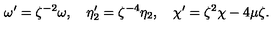
\omega ^ { \prime } = \zeta ^ { - 2 } \omega , \quad \eta _ { 2 } ^ { \prime } = \zeta ^ { - 4 } \eta _ { 2 } , \quad \chi ^ { \prime } = \zeta ^ { 2 } \chi - 4 \mu \zeta .